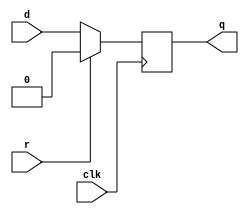
module top_module (
    input clk,
    input d, 
    input r,   // synchronous reset
    output q);

    always @(posedge clk)
        if(r)
            q <= 'b0;
    	else
            q <= d;
    
endmodule